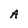
Character: A